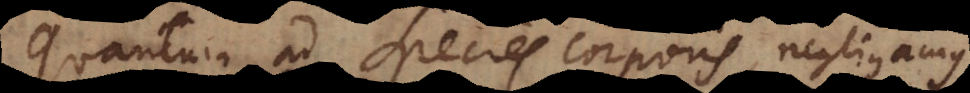
Quantum ad Species corporis, negligamus